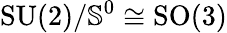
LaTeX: \mathrm{SU(2)}/{\mathbb S}^{0}\cong\mathrm{SO(3)}